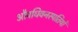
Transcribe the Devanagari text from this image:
औषधिवनस्पतियों